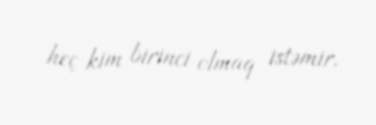
heç kim birinci olmaq istəmir.